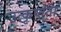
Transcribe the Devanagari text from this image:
उत्कृष्तता